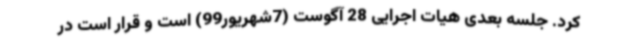
کرد. جلسه بعدی هیات اجرایی 28 آگوست (7شهریور99) است و قرار است در